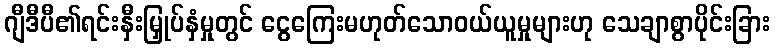
ဂျီဒီပီ၏ရင်းနှီးမြှုပ်နှံမှုတွင် ငွေကြေးမဟုတ်သောဝယ်ယူမှုများဟု သေချာစွာပိုင်းခြား